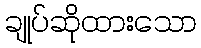
ချုပ်ဆိုထားသော